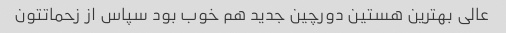
عالی بهترین هستین دورچین جدید هم خوب بود سپاس از زحماتتون